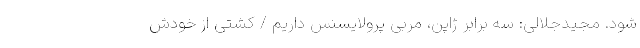
شود. مجیدجلالی: سه برابر ژاپن، مربی پرولایسنس داریم / کشتی از خودش